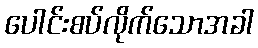
ပေါင်းစပ်လိုက်သောအခါ